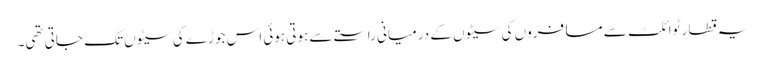
یہ قطار ٹوائلٹ سے مسافروں کی سیٹوں کے درمیانی راستے سے ہوتی ہوئی اس جوڑے کی سیٹوں تک جاتی تھی۔